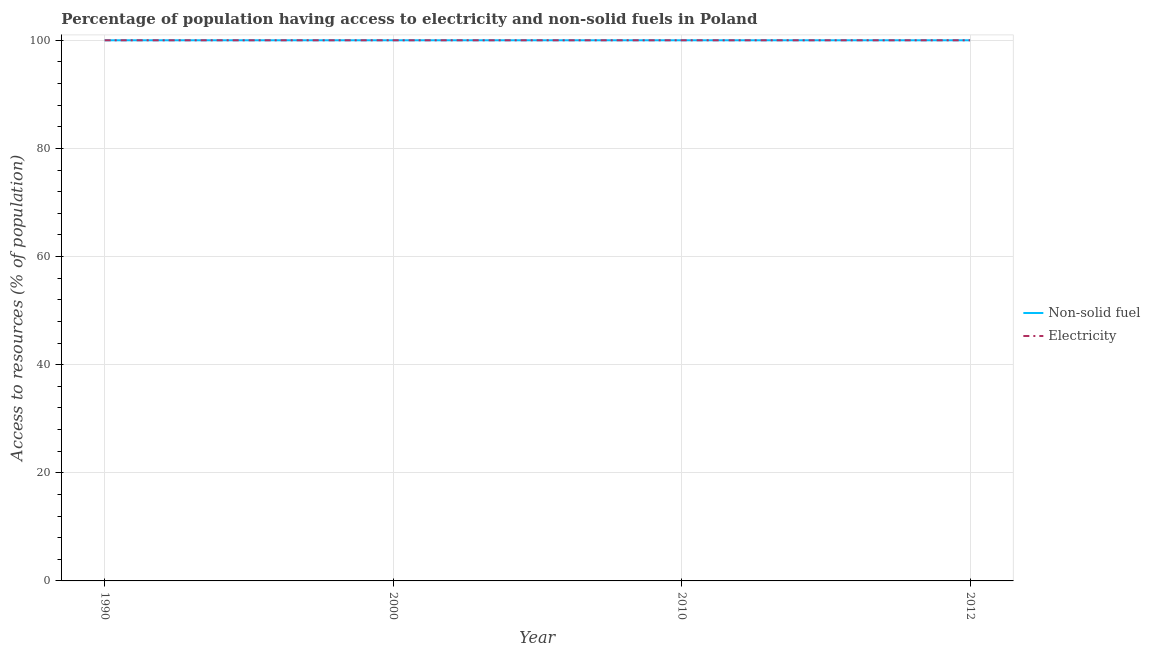
| Year | Non-solid fuel | Electricity |
 | --- | --- | --- |
 | 1990 | 100 | 100 |
 | 2000 | 100 | 100 |
 | 2010 | 100 | 100 |
 | 2012 | 100 | 100 |